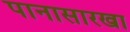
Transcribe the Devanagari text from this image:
पानासारखा